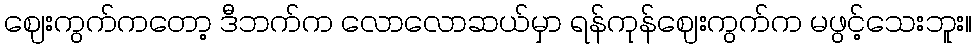
ဈေးကွက်ကတော့ ဒီဘက်က လောလောဆယ်မှာ ရန်ကုန်ဈေးကွက်က မဖွင့်သေးဘူး။